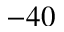
- 4 0